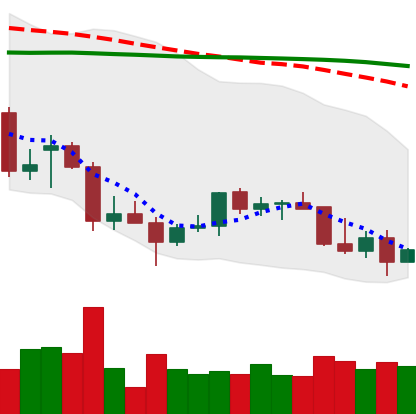
Ticker: TRX-USD
Chart end date: 2022-01-01
Forward return: -7.177%
Label: down_7plus